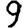
Digit: 9